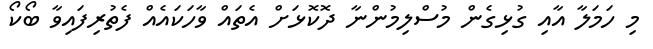
މި ހަމަލާ އާއި ގުޅިގެން މުސްލިމުންނާ ދޮކޮޅަށް އެތައް ވާހަކައެއް ފެތުރިފައިވާ ބޯކޯ